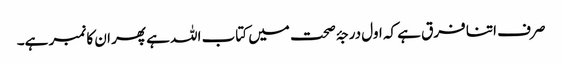
صرف اتنا فرق ہے کہ اول درجۂ صحت میں کتاب اللہ ہے پھر ان کا نمبر ہے۔